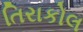
તિરાકોલ